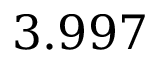
3 . 9 9 7